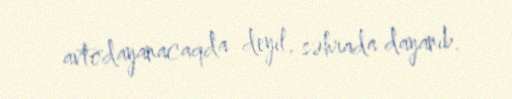
avtodayanacaqda deyil, səhrada dayanıb.